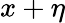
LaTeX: x+\eta